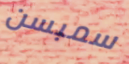
سمبسن